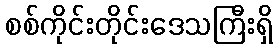
စစ်ကိုင်းတိုင်းဒေသကြီးရှိ